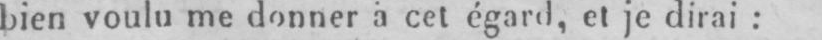
bien voulu me donner à cet égard, et je dirai: